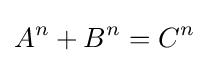
A^{n}+B^{n}=C^{n}